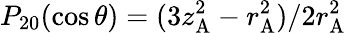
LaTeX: P_{20}(\cos\theta)=(3z_{\mathrm{A}}^{2}-r_{\mathrm{A}}^{2})/2r_{\mathrm{A}}^{2}